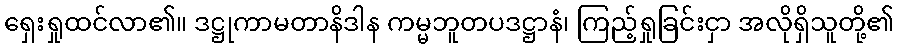
ရှေးရှုထင်လာ၏။ ဒဋ္ဌုကာမတာနိဒါန ကမ္မဘူတပဒဋ္ဌာနံ၊ ကြည့်ရှုခြင်းငှာ အလိုရှိသူတို့၏